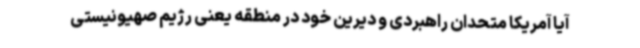
آیا آمریکا متحدان راهبردی و دیرین خود در منطقه یعنی رژیم صهیونیستی